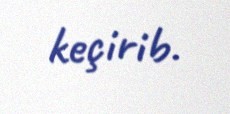
keçirib.